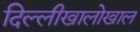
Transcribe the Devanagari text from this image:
दिल्लीखालोखाल